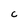
Character: c